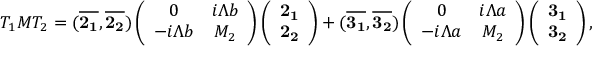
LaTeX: T _ { 1 } M T _ { 2 } = ( { \bf \overline { { { 2 _ { 1 } } } } } , { \bf \overline { { { 2 _ { 2 } } } } } ) \left( \begin{array} { c c } { { 0 } } & { { i \Lambda b } } \\ { { - i \Lambda b } } & { { M _ { 2 } } } \end{array} \right) \left( \begin{array} { c } { { { \bf 2 _ { 1 } } } } \\ { { { \bf 2 _ { 2 } } } } \end{array} \right) + ( { \bf \overline { { { 3 _ { 1 } } } } } , { \bf \overline { { { 3 _ { 2 } } } } } ) \left( \begin{array} { c c } { { 0 } } & { { i \Lambda a } } \\ { { - i \Lambda a } } & { { M _ { 2 } } } \end{array} \right) \left( \begin{array} { c } { { { \bf 3 _ { 1 } } } } \\ { { { \bf 3 _ { 2 } } } } \end{array} \right) ,